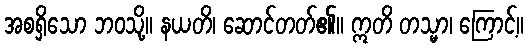
အစရှိသော ဘဝသို့။ နယတိ၊ ဆောင်တတ်၏။ ဣတိ တသ္မာ၊ ကြောင့်။